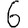
Digit: 6